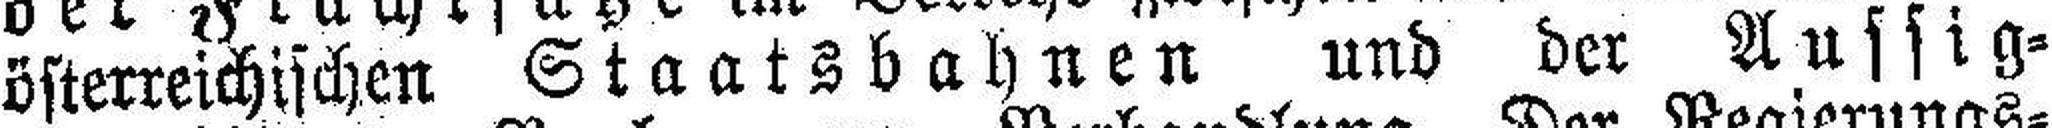
österreichischen Staatsbahnen und der Aussig=